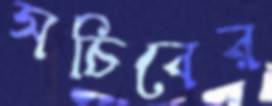
সচিবের